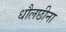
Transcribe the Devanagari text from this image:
धौलछीना